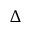
\Delta